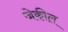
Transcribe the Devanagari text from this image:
जेकील